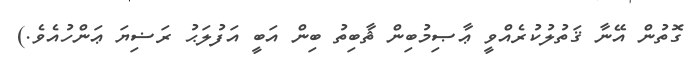
ގޮތުން އޭނާ ޤަތުލުކުރެއްވީ ޢާޞިމުބިން ޘާބިތު ބިން އަބީ އަފުލަޙު ރަޟިޔަ ޢަންހުއެވެ.)